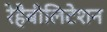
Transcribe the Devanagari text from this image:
रेहैबीलिटेशन